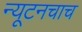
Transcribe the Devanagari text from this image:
न्यूटनचाच